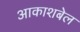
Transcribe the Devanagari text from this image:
आकाशबेल